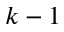
k - 1